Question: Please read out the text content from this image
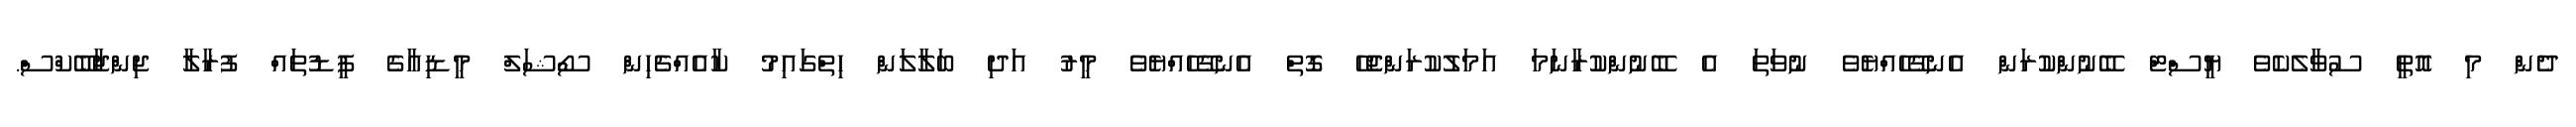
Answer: ދެން މި އޮތީ ސުވާލެކެވެ ޔީސްޓް ބޭނުންކުރަން އެނގޭހެއްޔެވެ ނުވަތަ އެ ބޭނުންކުރާނަމަ އަމަލުކުރަންޖެހޭ ގޮތް އެނގޭހެއްޔެވެ މީރު އަދި ބަލާލަން ހިތްގައިމު ކާއެއްޗެހިން ސޯޝަލް މީޑިއާގެ ފީޑުތައް ފުރާލާ ޖިންޖާބޭކްސް.